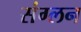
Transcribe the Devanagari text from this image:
संग्लन